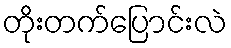
တိုးတက်ပြောင်းလဲ